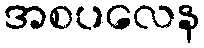
အစပလေန